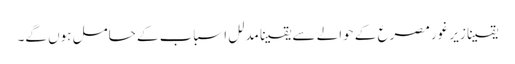
یقینا زیر غور مصرع کے حوالے سے یقینا مدلل اسباب کے حامل ہوں گے۔